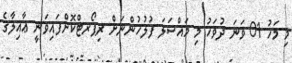
މި މަހު 01 ވަނަ ދުވަހު މި މައްސަލަ ފުލުހުންނަށް ރިޕޯރޓްކޮށްފައިވަނީ ޢާއިލާގެ